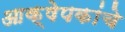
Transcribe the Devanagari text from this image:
आक्षेपकांचे